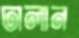
ঢালান